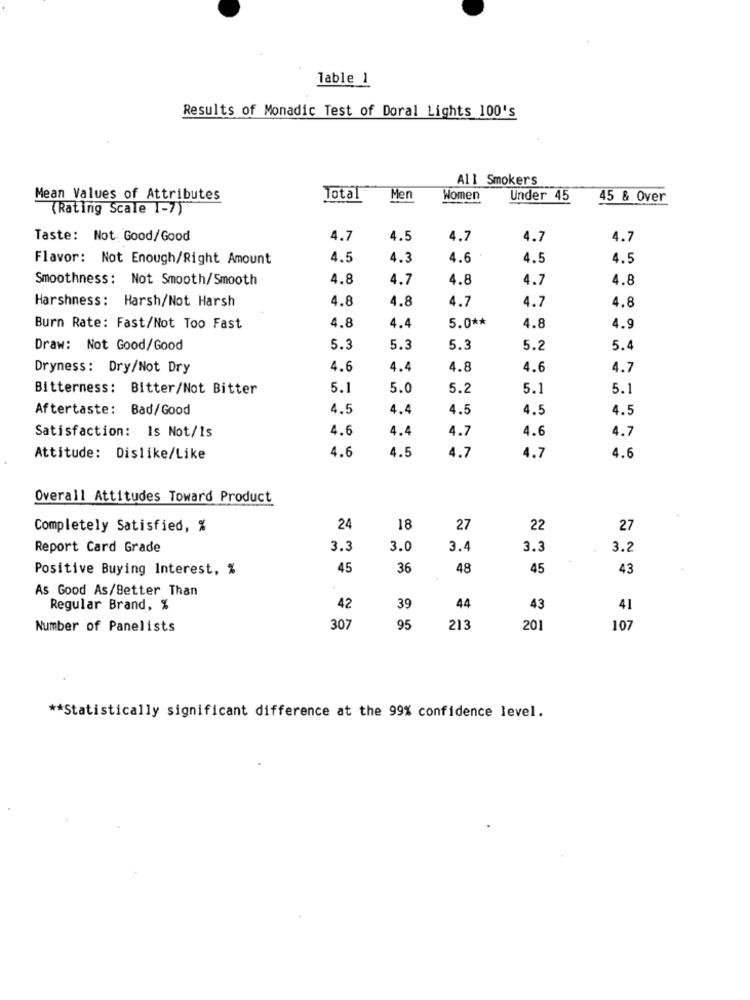
lable 1
Results of Monadic Test of Doral Lights 100's
All Smokers
Mean Values of Attributes
Total
Men
Women
Under 45
45 & Over
(Rating Scale 1-7)
Taste: Not Good/Good
4.7
4.5
4.7
4.7
4.7
Flavor: Not Enough/Right Amount
4.5
4.3
4.6
4.5
4.5
Smoothness: Not Smooth/Smooth
4.8
4.7
4.8
4.7
4.8
Harshness: Harsh/Not Harsh
4.8
4.8
4.7
1.7
4.8
5.0 **
Burn Rate: Fast/Not Too Fast
4.8
4.4
4.8
4.9
Draw: Not Good/Good
5.3
5.3
5.3
5.2
5.4
Dryness: Dry/Not Dry
4.6
4.4
4.8
4.6
4.7
Bitterness: Bitter/Not Bitter
5.1
5.0
5.2
5.1
5.1
Aftertaste: Bad/Good
4.5
4.4
4.5
4.5
4.5
Satisfaction: Is Not/1s
4.6
4.4
4.7
1.6
4.7
4.6
4.5
Attitude: Dislike/Like
4.7
4.7
4.6
Overall Attitudes Toward Product
Completely Satisfied, %
24
18
27
22
27
Report Card Grade
3.3
3.0
3.4
3.3
3.2
Positive Buying Interest, %
45
36
48
45
43
As Good As/Better Than
Regular Brand, %
42
39
44
43
41
Number of Panelists
307
95
213
201
107
** Statistically significant difference at the 99% confidence level.